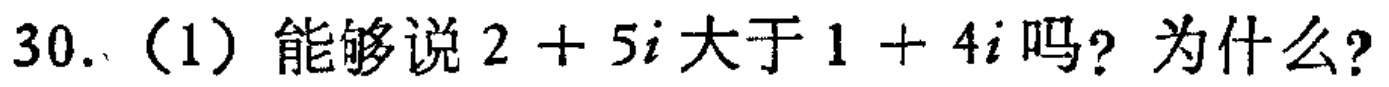
30.（1）能够说\(2 + 5i\)大于\(1 + 4i\)吗？为什么？